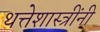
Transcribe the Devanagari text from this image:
थत्तेशास्त्रींनी